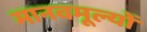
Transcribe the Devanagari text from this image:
मानवमूल्यों